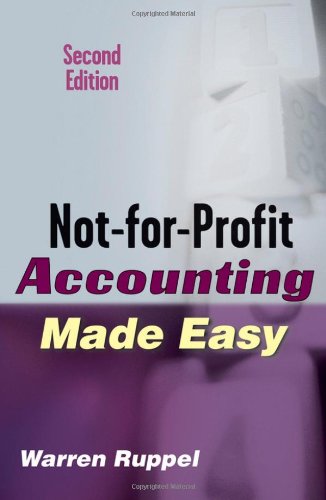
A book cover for Not-for-Profit Accounting Made Easy; Warren Ruppel; Test Preparation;